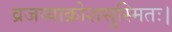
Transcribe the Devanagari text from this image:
व्रजव्याक्रोशसुस्मितः।